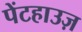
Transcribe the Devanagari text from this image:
पेंटहाउज़